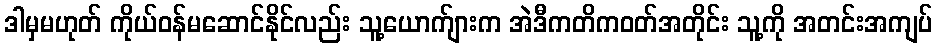
ဒါမှမဟုတ် ကိုယ်ဝန်မဆောင်နိုင်လည်း သူ့ယောက်ျားက အဲဒီကတိကဝတ်အတိုင်း သူ့ကို အတင်းအကျပ်